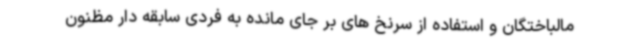
مالباختگان و استفاده از سرنخ های بر جای مانده به فردی سابقه دار مظنون